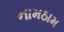
નામઠામ